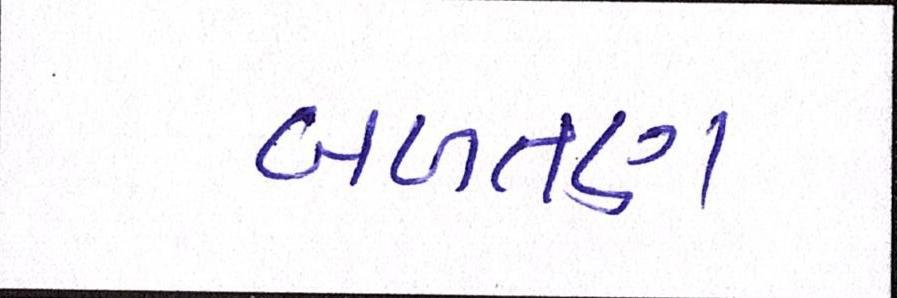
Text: બળતણ